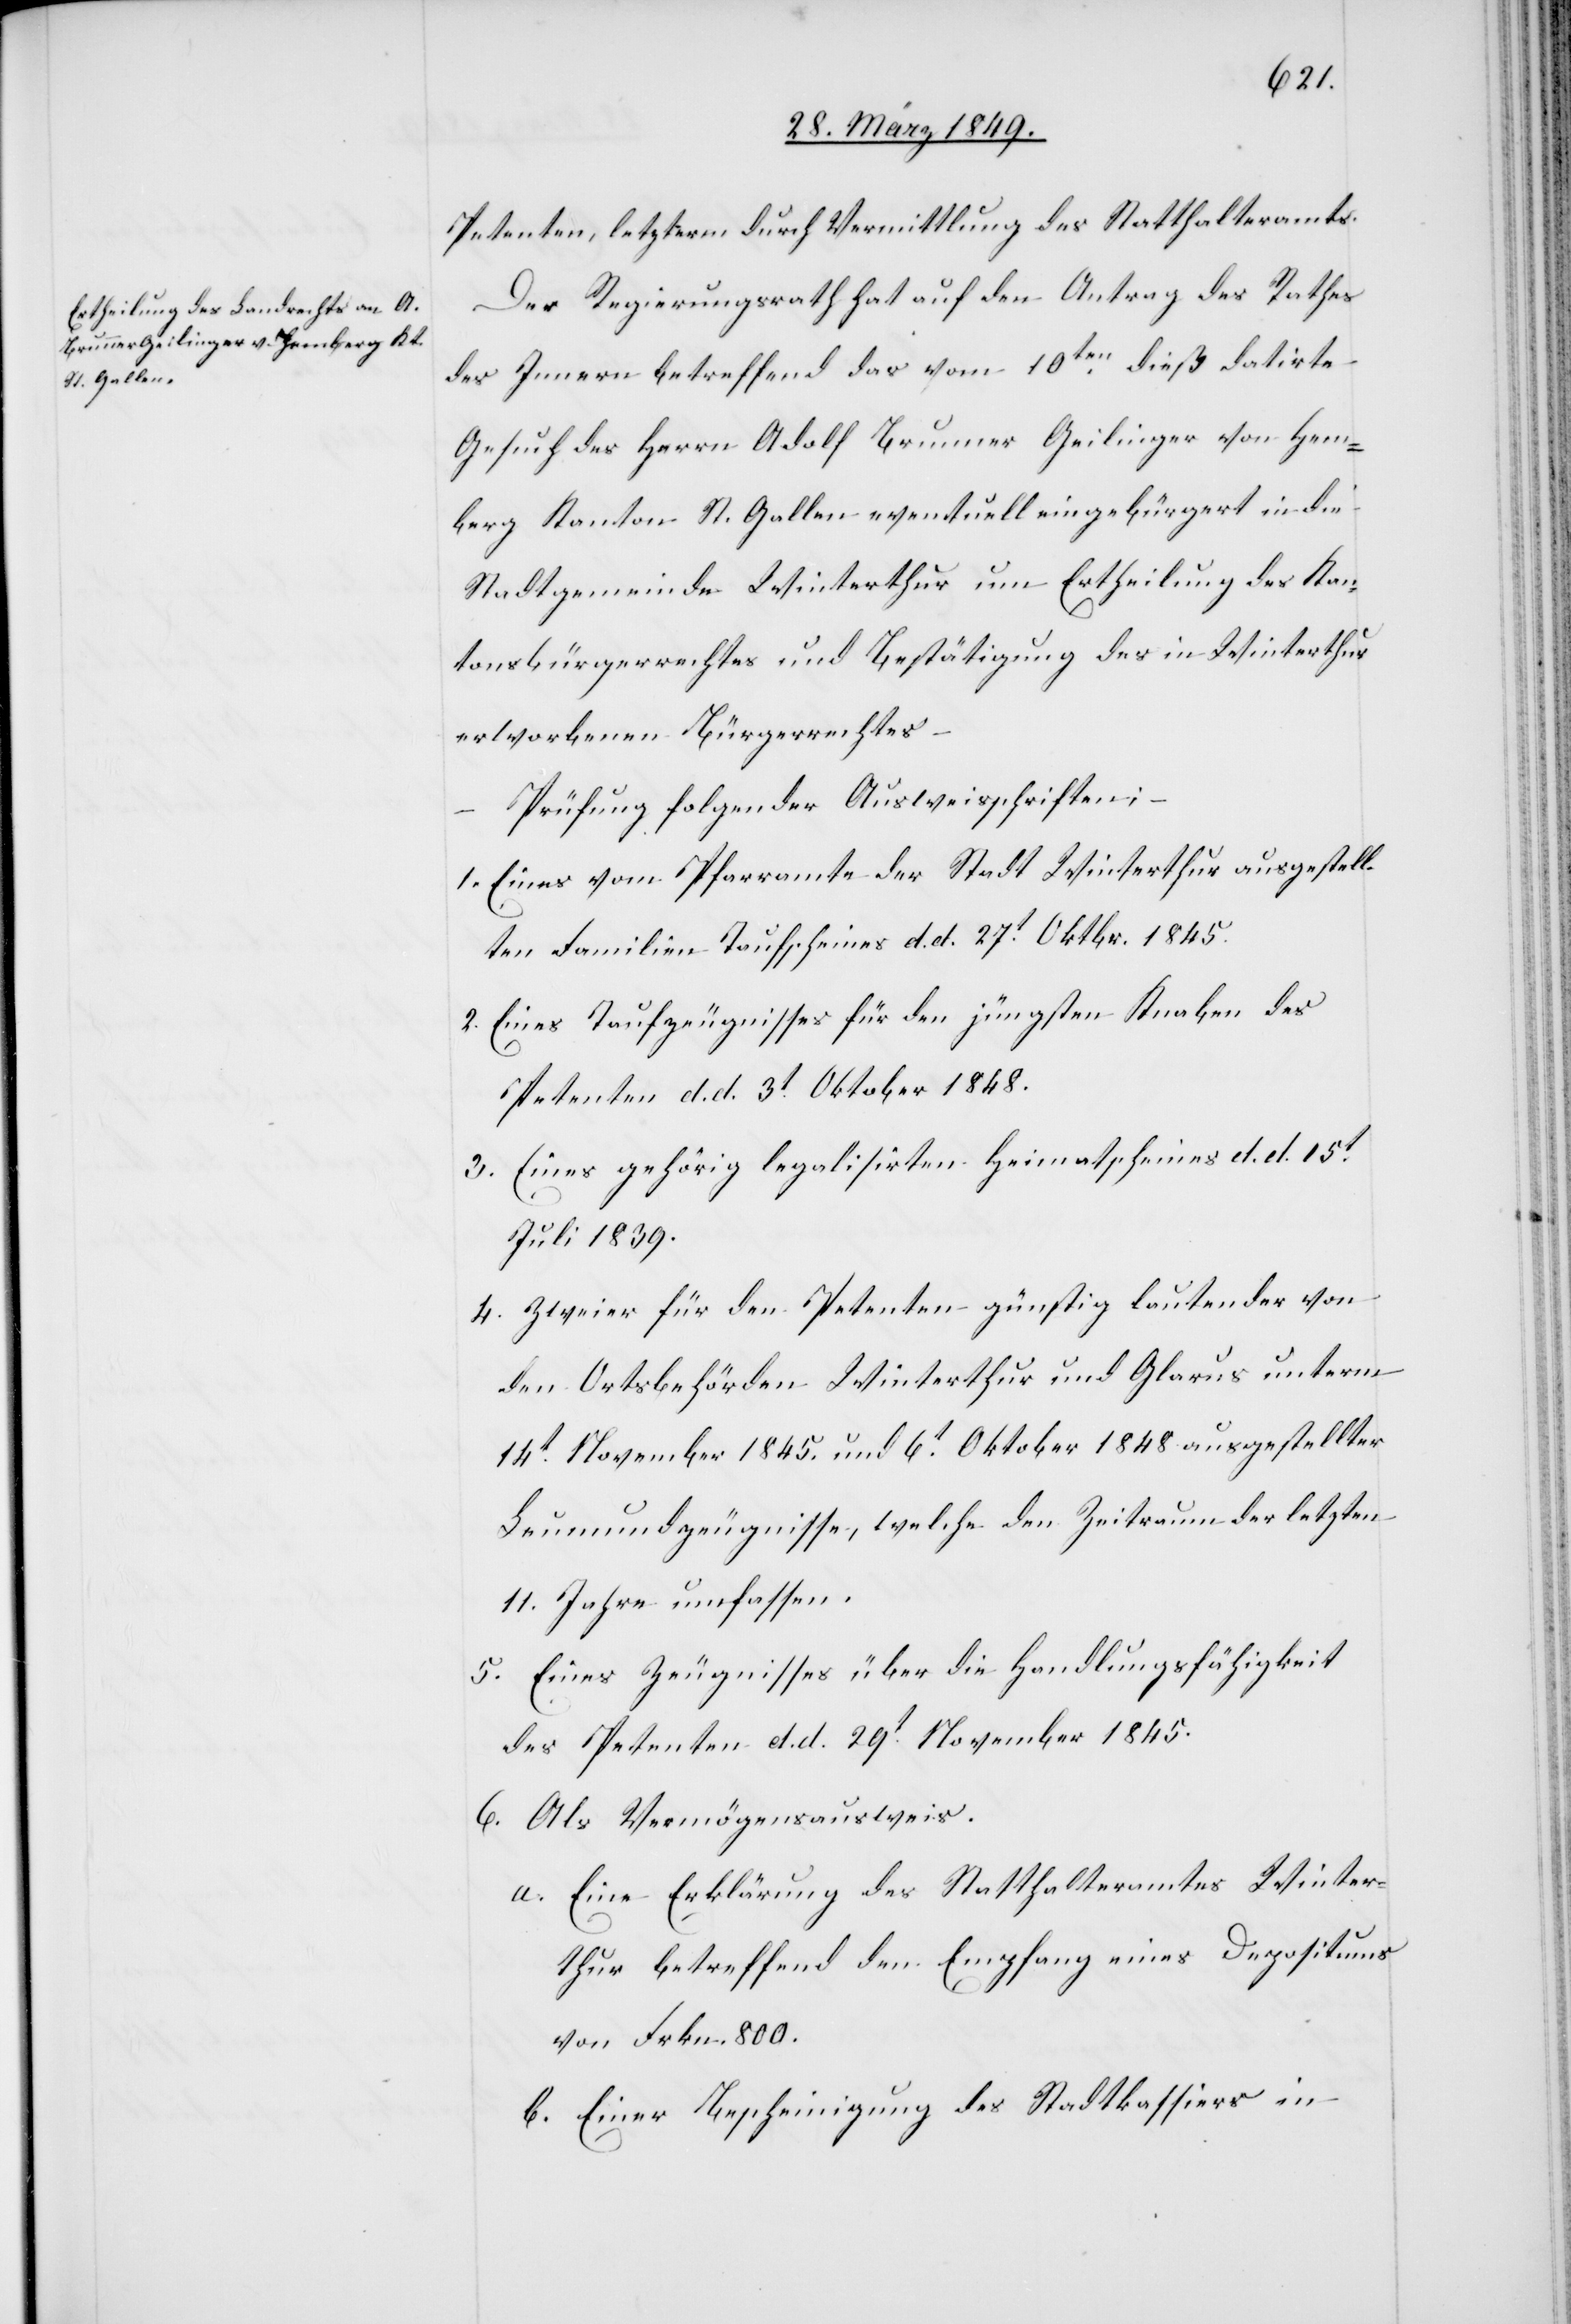
Petenten, letzterm durch Vermittlung des Statthalteramts.
Der Regierungsrath hat auf den Antrag des Rathes
des Innern betreffend das vom 10ten. dieß datirte
Gesuch des Herrn Adolf Brunner Geilinger von Hem¬
berg Kanton St. Gallen eventuell eingebürgert in die
Stadtgemeinde Winterthur um Ertheilung des Kan¬
tonsbürgerrechtes und Bestätigung des in Winterthur
erworbenen Bürgerrechtes –
Prüfung folgender Ausweisschriften;
1. Eines vom Pfarramte der Stadt Winterthur ausgestell¬
ten Familien Taufscheines d. d. 27t. Oktbr. 1845.
2. Eines Taufzeugnisses für den jüngsten Knaben des
Petenten d. d. 3t. Oktober 1848.
3. Eines gehörig legalisirten Heimatscheines d. d. 15t.
Juli 1839.
4. Zweier für den Petenten günstig lautender von
den Ortsbehörden Winterthur und Glarus unterm
14t. November 1845. und 6t. Oktober 1848 ausgestellter
Leumundszeugnisse, welche den Zeitraum der letzten
11. Jahre umfassen.
5. Eines Zeugnisses über die Handlungsfähigkeit
des Petenten d. d. 29t. November 1845.
6. Als Vermögensausweis.
a. Eine Erklärung des Statthalteramtes Winter¬
thur betreffend den Empfang eines Depositums
von Frkn. 800.
b. Einer Bescheinigung des Stadtkassiers in